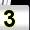
Digit: 3